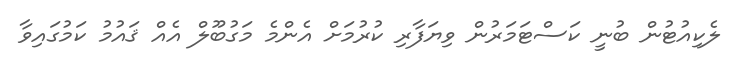
ލެކިއުޓުން ބުނީ ކަސްޓަމަރުން ވިޔަފާރި ކުރުމަށް އެންމެ މަގުބޫލް އެއް ޤައުމު ކަމުގައިވާ